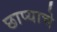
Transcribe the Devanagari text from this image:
छाप्याचे